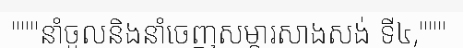
"""នាំចូលនិងនាំចេញសម្ភារសាងសង់ ទី៤,"""